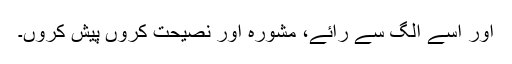
اور اسے الگ سے رائے، مشورہ اور نصیحت کروں پیش کروں۔